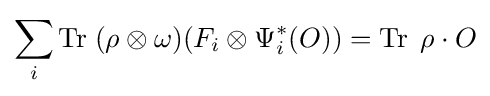
\sum _{i}\operatorname {Tr} \;(\rho \otimes \omega )(F_{i}\otimes \Psi _{i}^{*}(O))=\operatorname {Tr} \;\rho \cdot O